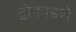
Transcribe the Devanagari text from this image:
ट्रोकाडेरो